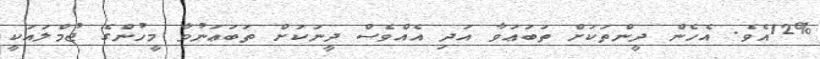
12%އެވެ. އެހެން ދީންތަކަށް ތަބަޢަވާ އަދި އެއްވެސް ދީނަކަށް ތަބަޢަނުވާ މީހުންގެ ޖުމްލައަކީ